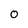
Character: O